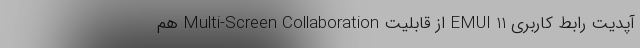
آپدیت رابط کاربری EMUI 11 از قابلیت Multi-Screen Collaboration هم